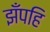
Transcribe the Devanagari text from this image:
झँपहि